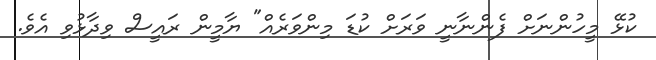
ކުޅޭ މީހުންނަށް ފެންނާނީ ވަރަށް ކުޑަ މިންވަރެއް" ޔާމީން ރައީސް ވިދާޅުވި އެވެ.